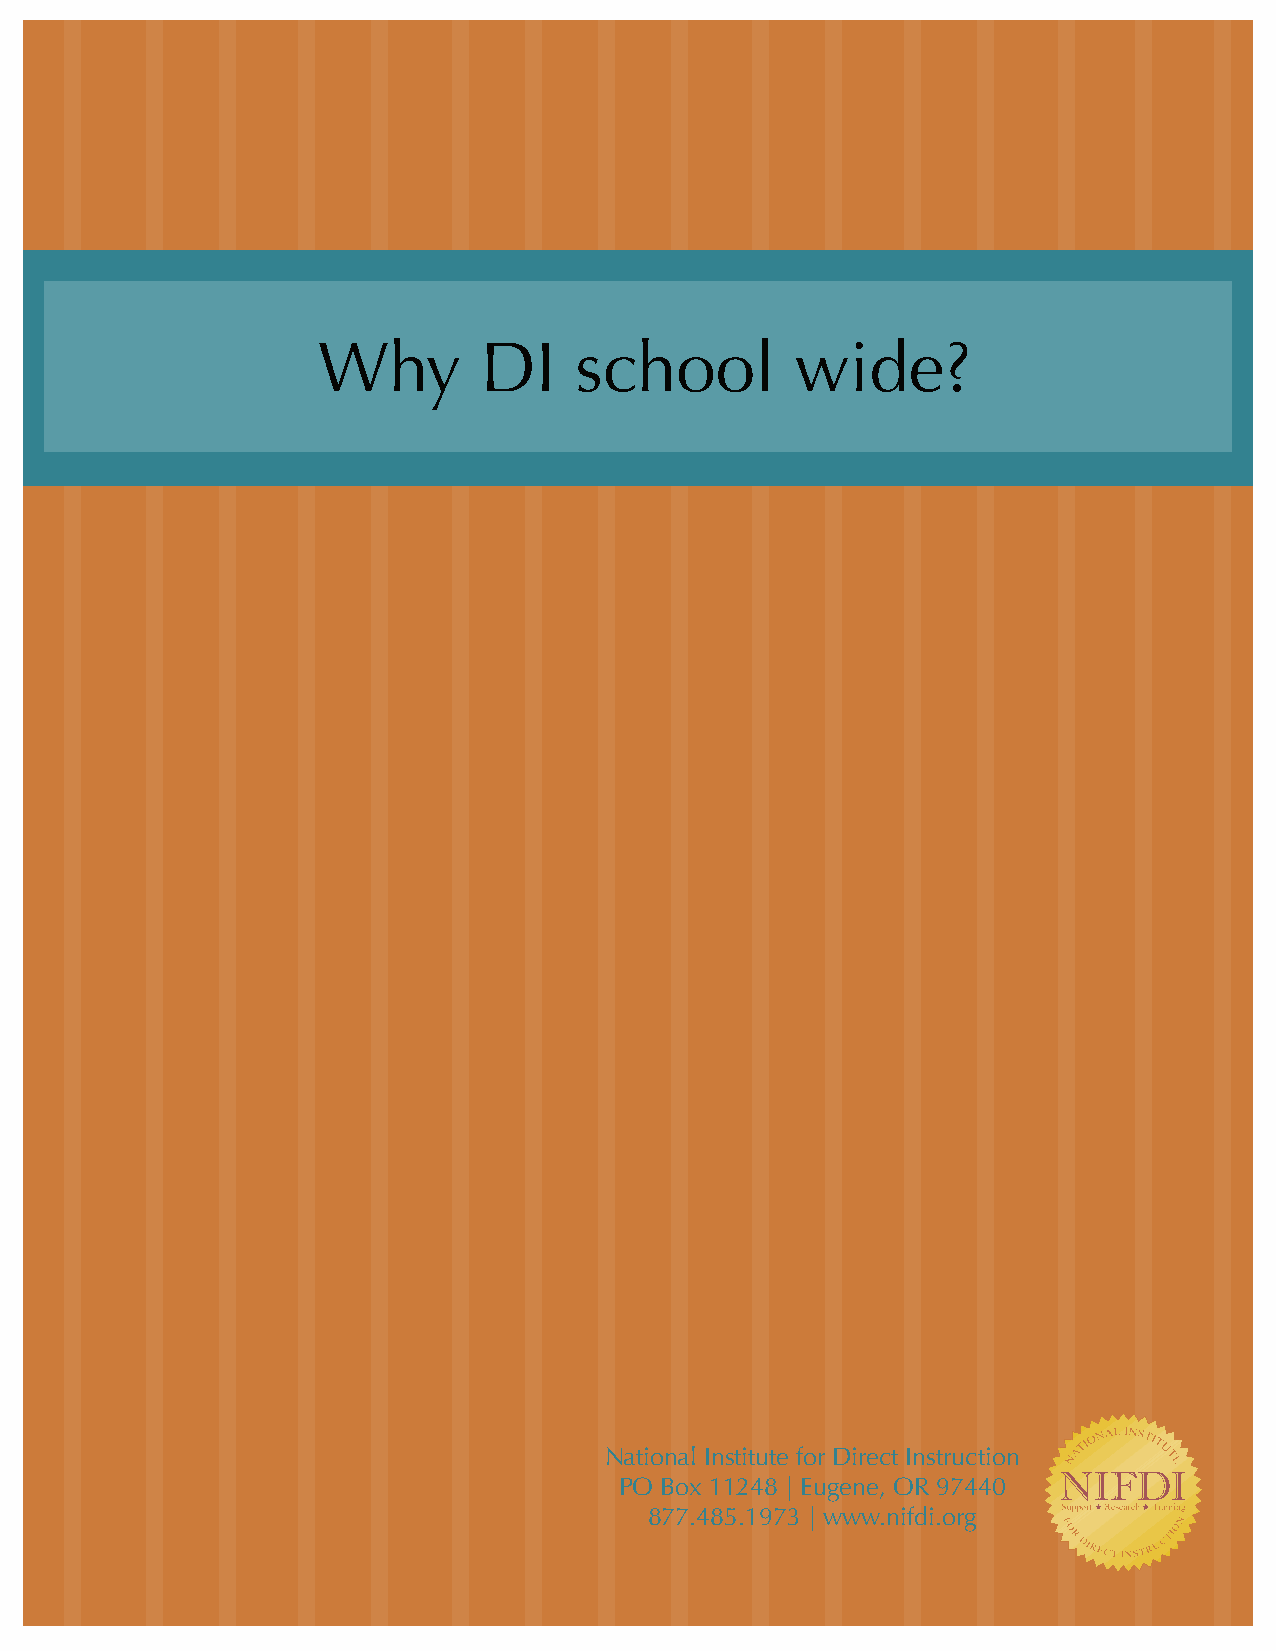
Why        DI    school         wide?
 Notes: This template is set-up using the NLaaytieornsa fle Iantsutirteuste. for Direct Instruction
 The die lines, safe print area, and measurePmOe Bnotsx a1r1e2 o4n8 l|o cEkuegden lae,y eOrRs o9f7 t4h4e0
 master page that are set to not print. These l8a7y7e.r4s8 w5i.l1l 9n7o3t s|h woww ww.nhiefdni .yoorug are in
 preview mode.